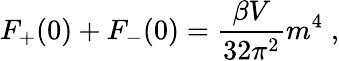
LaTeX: F_{+}(0)+F_{-}(0)=\frac{\beta V}{32\pi^{2}}m^{4}\; ,